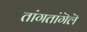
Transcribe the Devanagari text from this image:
तांगतांगॆलॆ